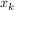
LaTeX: { \boldsymbol { x } } _ { k }